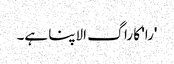
'را' کا راگ الاپنا ہے۔